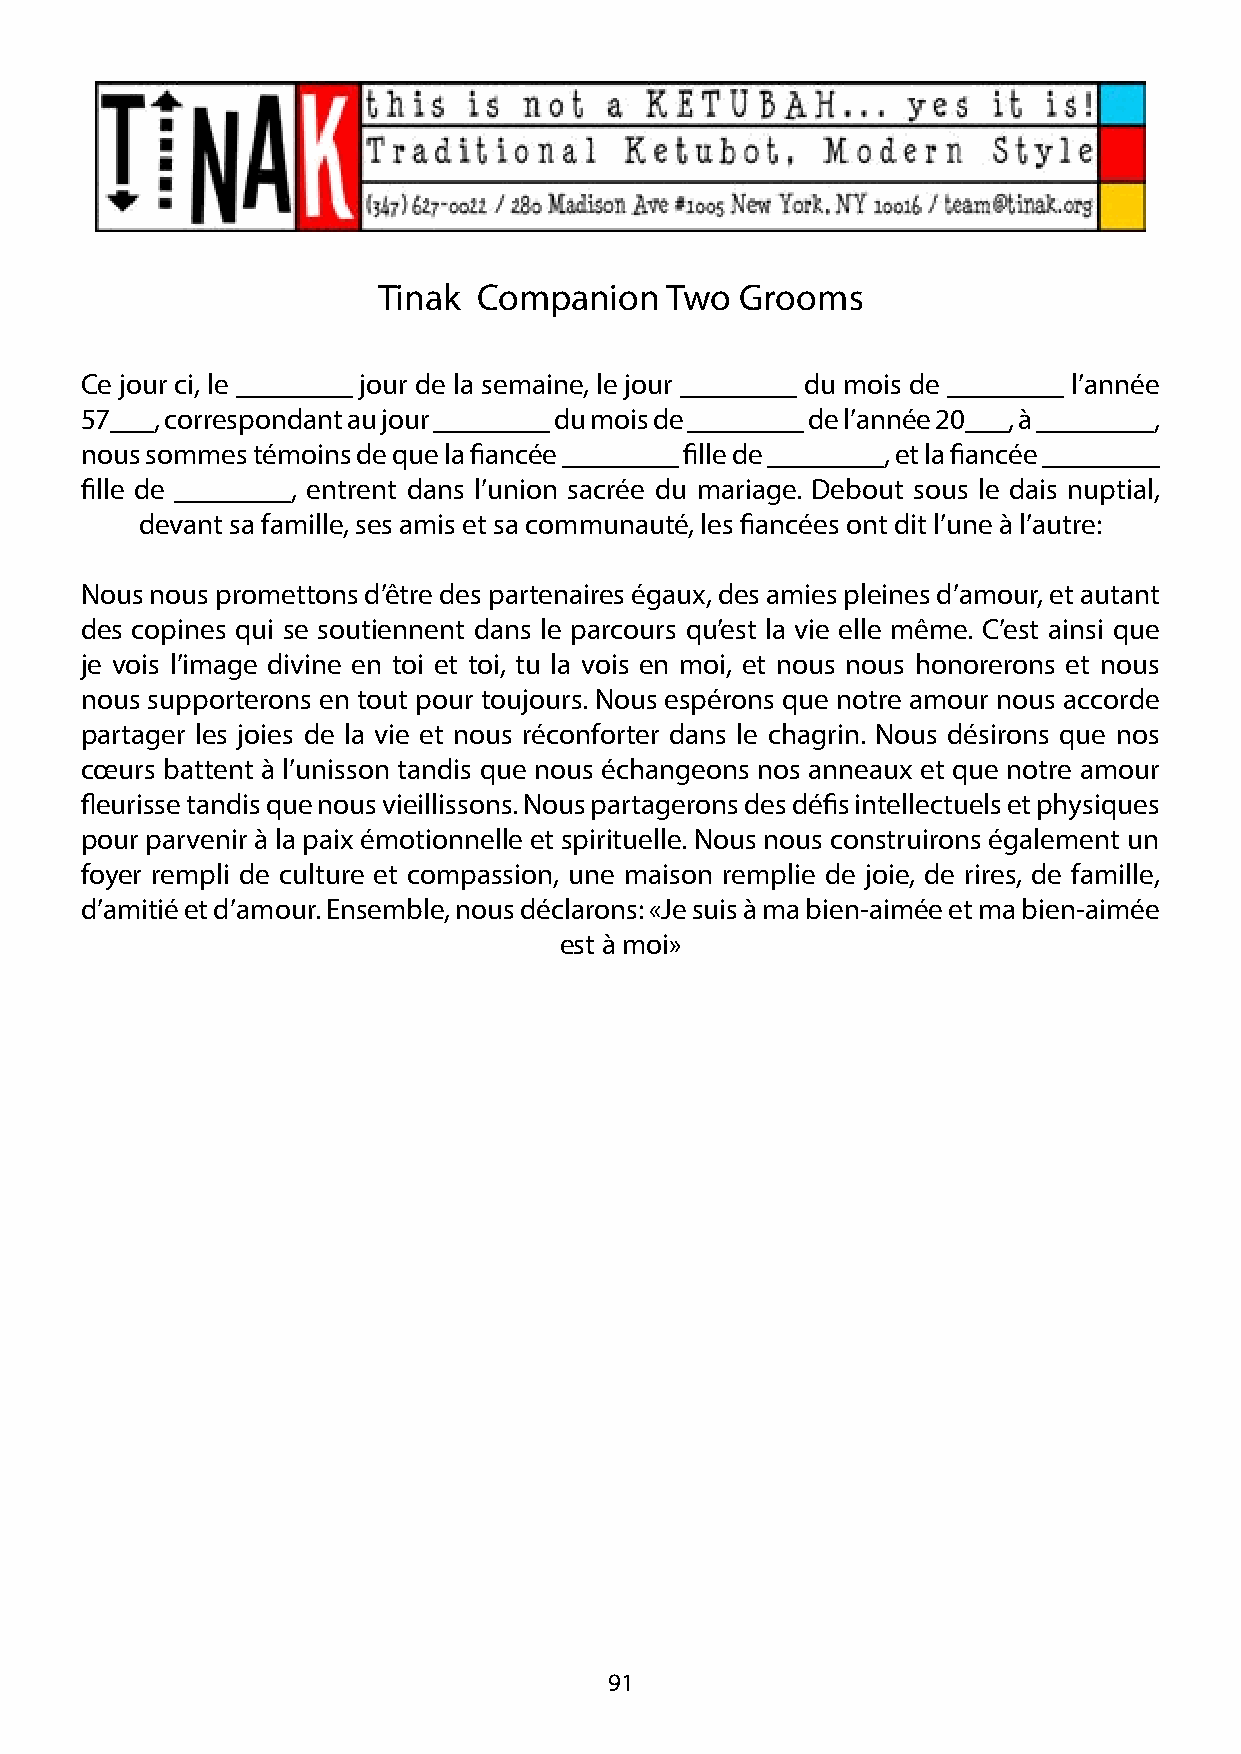
Tinak  Companion   Two  Grooms
 Ce jour ci, le ________ jour de la semaine, le jour ________ du mois de ________ l’année
 57___, correspondant au jour ________ du mois de ________ de l’année 20___, à ________,
 nous sommes témoins de que la fiancée ________ fille de ________, et la fiancée ________
 fille de ________, entrent dans l’union sacrée du mariage. Debout sous le dais nuptial,
 devant sa famille, ses amis et sa communauté, les fiancées ont dit l’une à l’autre:
 Nous nous promettons d’être des partenaires égaux, des amies pleines d’amour, et autant
 des copines qui se soutiennent dans le parcours qu’est la vie elle même. C’est ainsi que
 je vois l’image divine en toi et toi, tu la vois en moi, et nous nous honorerons et nous
 nous supporterons en tout pour toujours. Nous espérons que notre amour nous accorde
 partager les joies de la vie et nous réconforter dans le chagrin. Nous désirons que nos
 cœurs battent à l’unisson tandis que nous échangeons nos anneaux et que notre amour
 fleurisse tandis que nous vieillissons. Nous partagerons des défis intellectuels et physiques
 pour parvenir à la paix émotionnelle et spirituelle. Nous nous construirons également un
 foyer rempli de culture et compassion, une maison remplie de joie, de rires, de famille,
 d’amitié et d’amour. Ensemble, nous déclarons: «Je suis à ma bien-aimée et ma bien-aimée
 est à moi»
 91